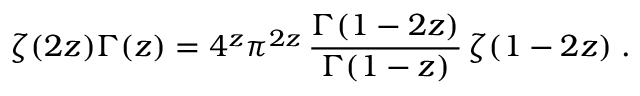
\zeta ( 2 z ) \Gamma ( z ) = 4 ^ { z } \pi ^ { 2 z } \, \frac { \Gamma ( 1 - 2 z ) } { \Gamma ( 1 - z ) } \, \zeta ( 1 - 2 z ) \; .